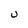
Character: j